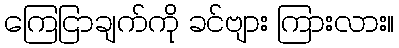
ကြေငြာချက်ကို ခင်ဗျား ကြားလား။